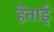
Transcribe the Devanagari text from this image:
हेंताई